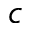
\boldsymbol { c }